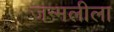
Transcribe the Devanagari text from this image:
जन्मलीला